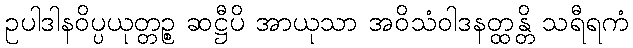
ဥပါဒါနဝိပ္ပယုတ္တဉ္စ ဆဋ္ဌီပိ အာယုသာ အဝိသံဝါဒနတ္ထန္တိ သရီရကံ